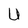
Character: U